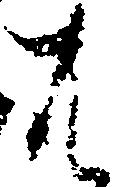
は